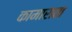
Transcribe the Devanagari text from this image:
कामाराता